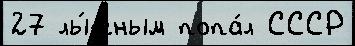
27 лы́жным попа́л СССР